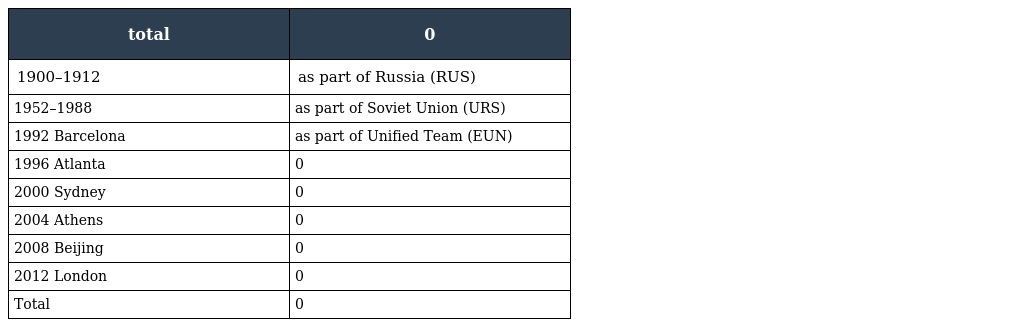
| total | 0 |
 | --- | --- |
 | 1900–1912 | as part of Russia (RUS) |
 | 1952–1988 | as part of Soviet Union (URS) |
 | 1992 Barcelona | as part of Unified Team (EUN) |
 | 1996 Atlanta | 0 |
 | 2000 Sydney | 0 |
 | 2004 Athens | 0 |
 | 2008 Beijing | 0 |
 | 2012 London | 0 |
 | Total | 0 |